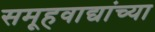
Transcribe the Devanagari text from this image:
समूहवाद्यांच्या